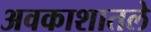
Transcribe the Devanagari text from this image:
अवकाशातले